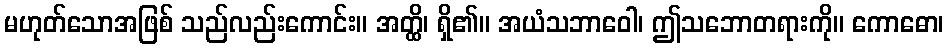
မဟုတ်သောအဖြစ် သည်လည်းကောင်း။ အတ္ထိ၊ ရှိ၏။ အယံသဘာဝေါ၊ ဤသဘောတရားကို။ ကောဓော၊